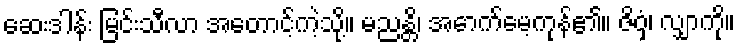
ဆေးဒါန်း မြင်းသီလာ အတောင့်ကဲ့သို့။ မညန္တိ၊ အောက်မေ့ကုန်၏။ ဇိဝှံ၊ လျှာကို။